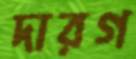
দারগ